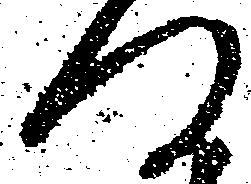
つ